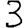
Digit: 3